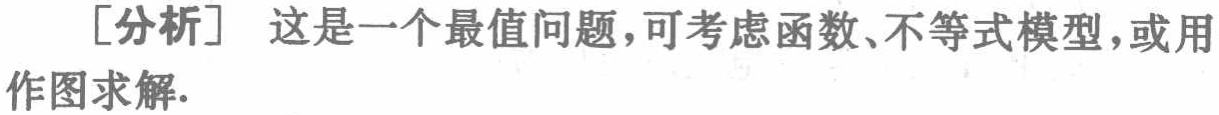
[分析] 这是一个最值问题，可考虑函数、不等式模型，或用作图求解.